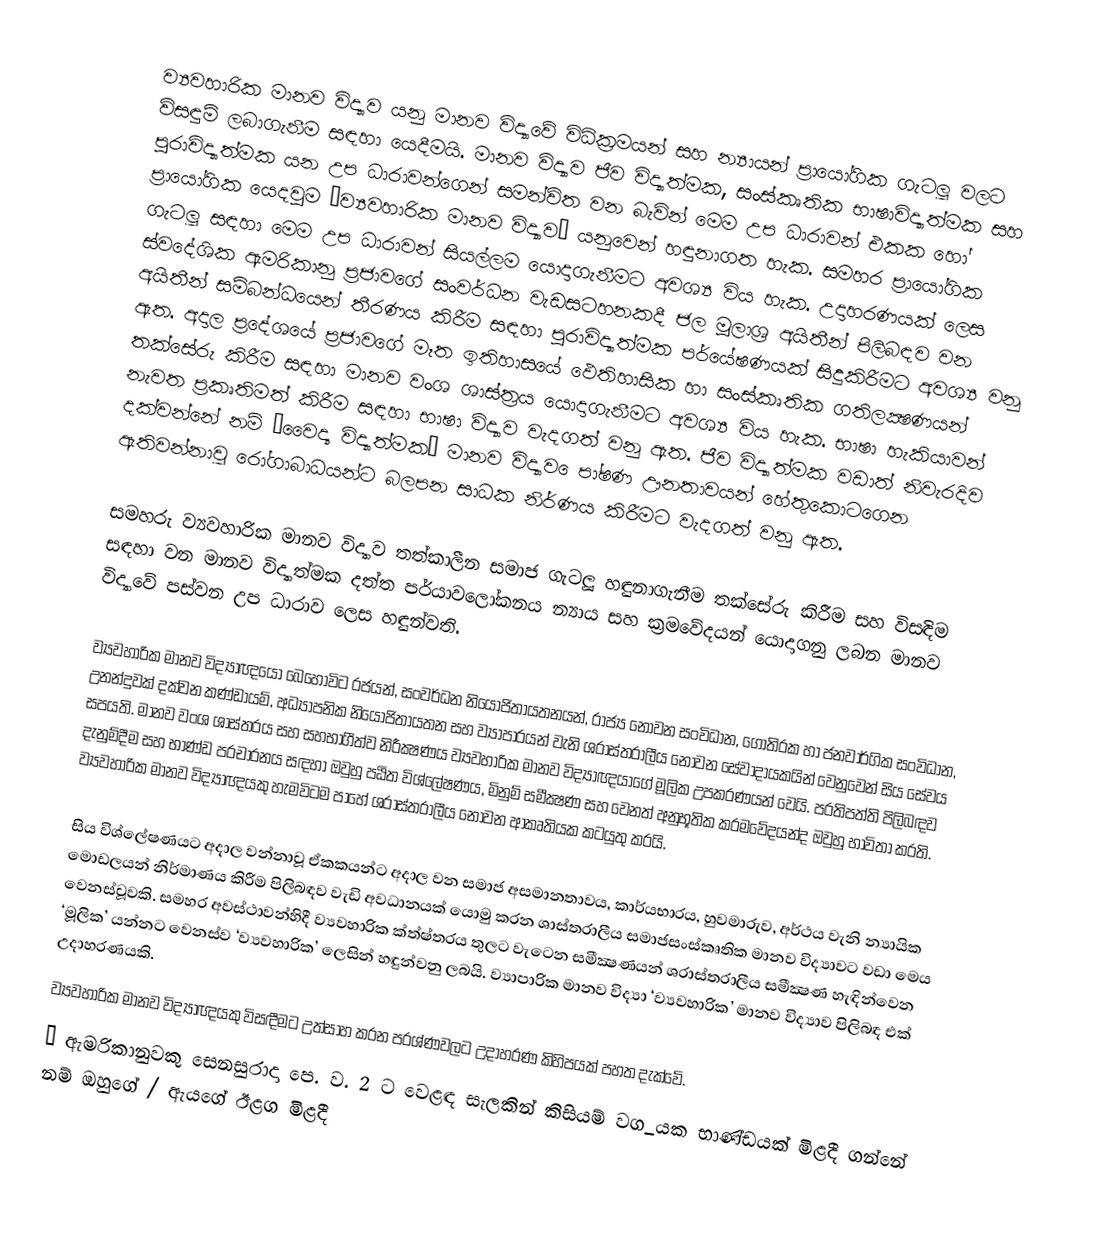
ව්‍යවහාරික මානව විද්‍යාව යනු මානව විද්‍යාවේ විධික‍්‍රමයන් සහ න්‍යායන් ප‍්‍රායෝගික ගැටලූ වලට විසඳුම් ලබාගැනීම සඳහා යෙදීමයි. මානව විද්‍යාව ජීව විද්‍යාත්මක, සංස්කෘතික භාෂාවිද්‍යාත්මක සහ පුරාවිද්‍යාත්මක යන උප ධාරාවන්ගෙන් සමන්විත වන බැවින් මෙම උප ධාරාවන් එකක හෝ ප‍්‍රායෝගික යෙදවුම ‘ව්‍යවහාරික මානව විද්‍යාව’ යනුවෙන් හඳුනාගත හැක. සමහර ප‍්‍රායෝගික ගැටලූ සඳහා මෙම උප ධාරාවන් සියල්ලම යොදාගැනීමට අවශ්‍ය විය හැක. උදාහරණයක් ලෙස ස්වදේශික ඇමරිකානු ප‍්‍රජාවගේ සංවර්ධන වැඩසටහනකදී ජල මූලාශ‍්‍ර අයිතීන් පිලිබඳව වන අයිතීන් සම්බන්ධයෙන් තීරණය කිරීම සඳහා පුරාවිද්‍යාත්මක පර්යේෂණයක් සිදුකිරීමට අවශ්‍ය වනු ඇත. අදාල ප‍්‍රදේශයේ ප‍්‍රජාවගේ මෑත ඉතිහාසයේ ඵෙතිහාසික හා සංස්කෘතික ගතිලක්‍ෂණයන් තක්සේරු කිරීම සඳහා මානව වංශ ශාස්ත‍්‍රය යොදාගැනීමට අවශ්‍ය විය හැක. භාෂා හැකියාවන් නැවත ප‍්‍රකෘතිමත් කිරීම සඳහා භාෂා විද්‍යාව වැදගත් වනු ඇත. ජීව විද්‍යාත්මක වඩාත් නිවැරදිව දක්වන්නේ නම් ‘වෛද්‍ය විද්‍යාත්මක’ මානව විද්‍යාව ෙපා්ෂණ ඌනතාවයන් හේතුකොටගෙන ඇතිවන්නාවූ රෝගාබාධයන්ට බලපන සාධක නිර්ණය කිරීමට වැදගත් වනු ඇත.

සමහරු ව්‍යවහාරික මානව විද්‍යාව තත්කාලීන සමාජ ගැටලූ හඳුනාගැනීම තක්සේරු කිරීම සහ විසඳිම සඳහා වන මානව විද්‍යාත්මක දත්ත පර්යාවලෝකනය න්‍යාය සහ ක‍්‍රමවේදයන් යොදාගනු ලබන මානව විද්‍යාවේ පස්වන උප ධාරාව ලෙස හඳුන්වති.

ව්‍යවහාරික මානව විද්‍යාඥයෝ බෙහෝවිට රජයන්, සංවර්ධන නියෝජිතායතනයන්, රාජ්‍ය නොවන සංවිධාන, ගෝති‍්‍රක හා ජනවාර්ගික සංවිධාන, උනන්දුවක් දක්වන කණ්ඩායම්, අධ්‍යාපනික නියෝජිතායතන සහ ව්‍යාපාරයන් වැනි ශ‍්‍රාස්ත‍්‍රාලීය නොවන සේවාදායකයින් වෙනුවෙන් සිය සේවය සපයති. මානව වංශ ශාස්ත‍්‍රය සහ සහභාගීත්ව නිරීක්‍ෂණය ව්‍යවහාරික මානව විද්‍යාඥයාගේ මූලික උපකරණයන් වෙයි. ප‍්‍රතිපත්ති පිලිබඳව දැනුම්දීම සහ භාණ්ඩ ප‍්‍රචාරනය සඳහා ඔවුහු පඨිත විශ්ලේෂණය, මිනුම් සමීක්‍ෂණ සහ වෙනත් අනුභූතික ක‍්‍රමවේදයන්ද ඔවුහු භාවිතා කරති. ව්‍යවහාරික මානව විද්‍යාඥයකු හැමවිටම පාහේ ශ‍්‍රාස්ත‍්‍රාලීය නොවන ආකෘතියක කටයුතු කරයි.

සිය විශ්ලේෂණයට අදාල වන්නාවූ ඒකකයන්ට අදාල වන සමාජ අසමානතාවය, කාර්යභාරය, හුවමාරුව, අර්ථය වැනි න්‍යායික මොඩලයන් නිර්මාණය කිරීම පිලිබඳව වැඩි අවධානයක් යොමු කරන ශාස්ත‍්‍රාලීය සමාජසංස්කෘතික මානව විද්‍යාවට වඩා මෙය වෙනස්වූවකි. සමහර අවස්ථාවන්හිදී ව්‍යවහාරික ක්ත්‍ෂ්ත‍්‍රය තුලට වැටෙන සමීක්‍ෂණයන් ශ‍්‍රාස්ත‍්‍රාලීය සමීක්‍ෂණ හැඳින්වෙන ‘මූලික’ යන්නට වෙනස්ව ‘ව්‍යවහාරික’ ලෙසින් හඳුන්වනු ලබයි. ව්‍යාපාරික මානව විද්‍යා ‘ව්‍යවහාරික’ මානව විද්‍යාව පිලිබඳ එක් උදාහරණයකි.
ව්‍යවහාරික මානව විද්‍යාඥයකු විසඳීමට උත්සාහ කරන ප‍්‍රශ්ණවලට උදාහරණ කිහිපයක් පහත දැක්වේ.
·	ඇමරිකානුවකු සෙනසුරාදා පෙ. ව. 2 ට වෙළඳ සැලකින් කිසියම් වග_යක භාණ්ඩයක් මිළදී ගන්නේ නම් ඔහුගේ / ඇයගේ ඊළග මිළදී